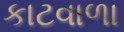
કાટવાળા